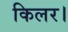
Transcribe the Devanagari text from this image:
किलर।